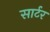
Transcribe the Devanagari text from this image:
सार्टर